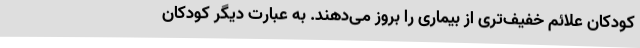
کودکان علائم خفیف‌تری از بیماری را بروز می‌دهند. به عبارت دیگر کودکان